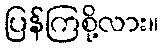
ပြန်ကြစို့လား။